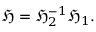
{ \mathfrak { H } } = { \mathfrak { H } } _ { 2 } ^ { - 1 } { \mathfrak { H } } _ { 1 } .